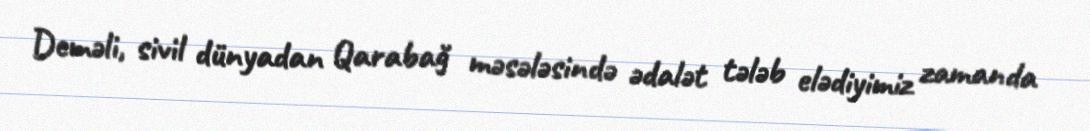
Deməli, sivil dünyadan Qarabağ məsələsində ədalət tələb elədiyimiz zamanda